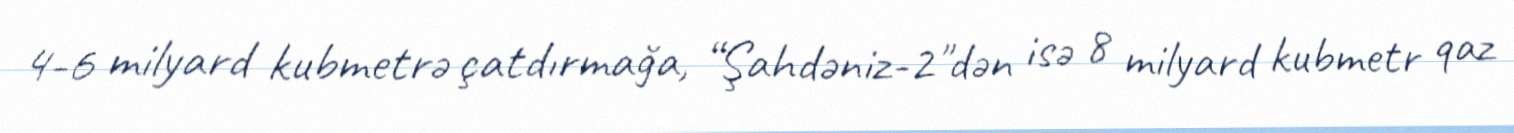
4-6 milyard kubmetrə çatdırmağa, “Şahdəniz-2"dən isə 8 milyard kubmetr qaz